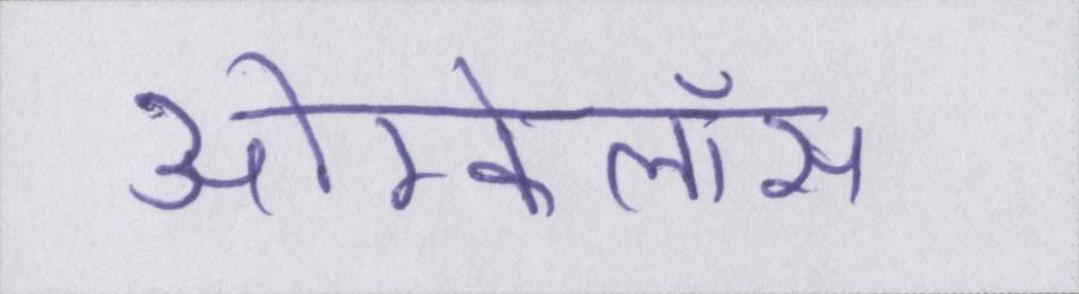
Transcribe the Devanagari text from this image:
ओम्फेलॉस